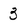
Character: 3